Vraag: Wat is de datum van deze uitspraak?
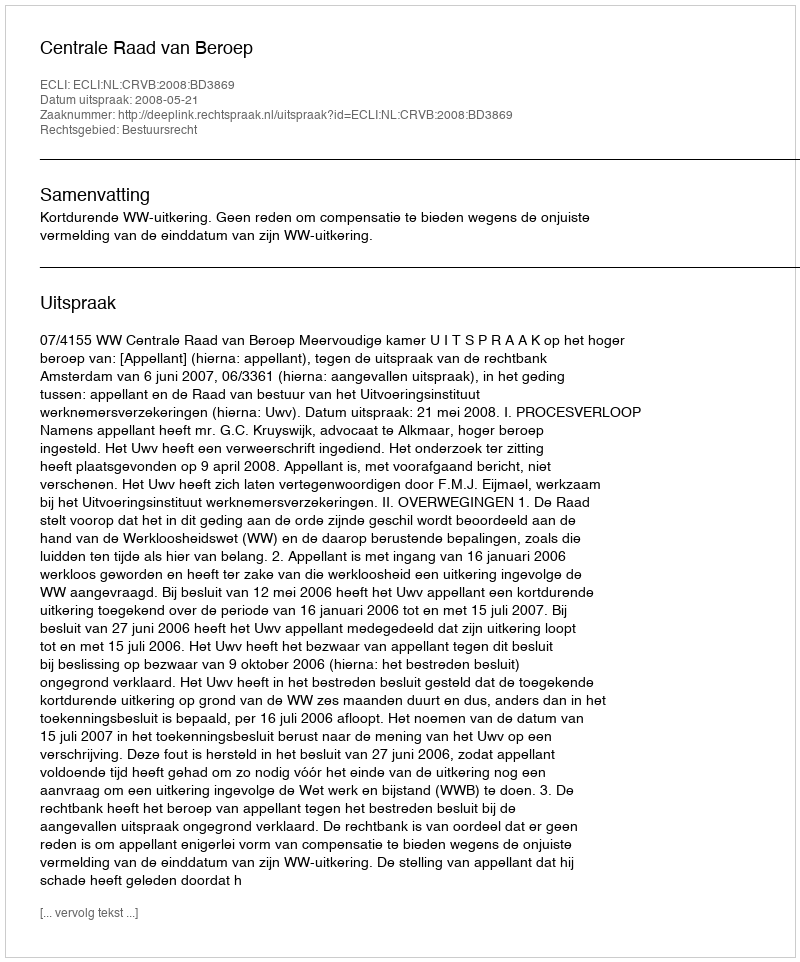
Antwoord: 2008-05-21